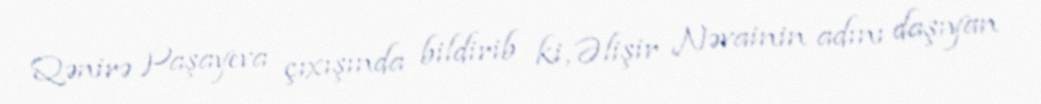
Qənirə Paşayeva çıxışında bildirib ki, Əlişir Nəvainin adını daşıyan